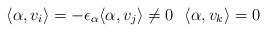
\begin{align*} \langle \alpha,v_i\rangle=-\epsilon_\alpha\langle \alpha, v_j\rangle\not=0\ \ \langle \alpha,v_k\rangle=0 \ \end{align*}